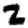
Digit: 2